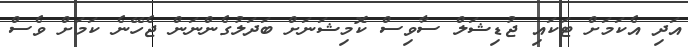
އަދި އެކަމަށް ޓަކައި ޖުޑިޝަލް ސާވިސް ކޮމިޝަނަށް ބަދަލުގެންނަން ޖެހޭނެ ކަމަށް ވެސް